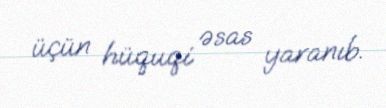
üçün hüquqi əsas yaranıb.